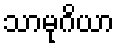
သာမုဂိယာ